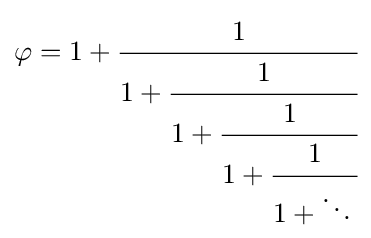
\varphi =1+{\cfrac {1}{1+{\cfrac {1}{1+{\cfrac {1}{1+{\cfrac {1}{1+\ddots \,}}}}}}}}